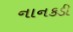
નાનકડી